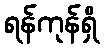
ရန်ကုန်ရှိ